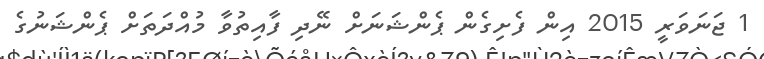
1 ޖަނަވަރީ 2015 އިން ފެށިގެން ޕެންޝަނަށް ނޭދި ފާއިތުވާ މުއްދަތަށް ޕެންޝަނުގެ